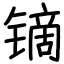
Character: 镝